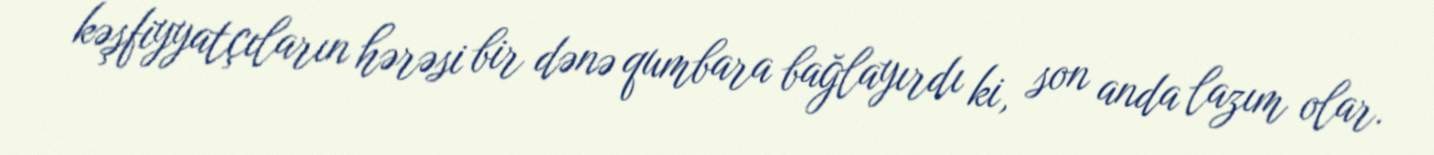
kəşfiyyatçıların hərəsi bir dənə qumbara bağlayırdı ki, son anda lazım olar.